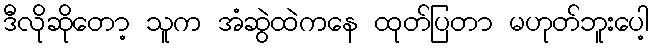
ဒီလိုဆိုတော့ သူက အံဆွဲထဲကနေ ထုတ်ပြတာ မဟုတ်ဘူးပေါ့